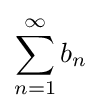
\sum _{n=1}^{\infty }b_{n}